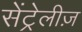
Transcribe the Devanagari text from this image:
सेंट्रेलीज़